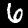
Digit: 6